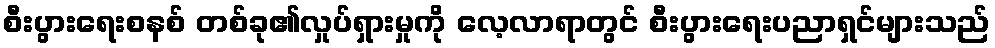
စီးပွားရေးစနစ် တစ်ခု၏လှုပ်ရှားမှုကို လေ့လာရာတွင် စီးပွားရေးပညာရှင်များသည်